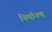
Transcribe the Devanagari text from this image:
निर्मानण